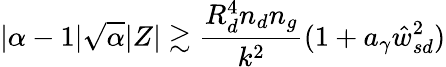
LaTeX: |\alpha-1|\sqrt\alpha|Z|\gtrsim\frac{R_{d}^{4}{n_{d}}n_{g}}{k^{2}}(1+a_{\gamma}\hat{w}_{sd}^{2})